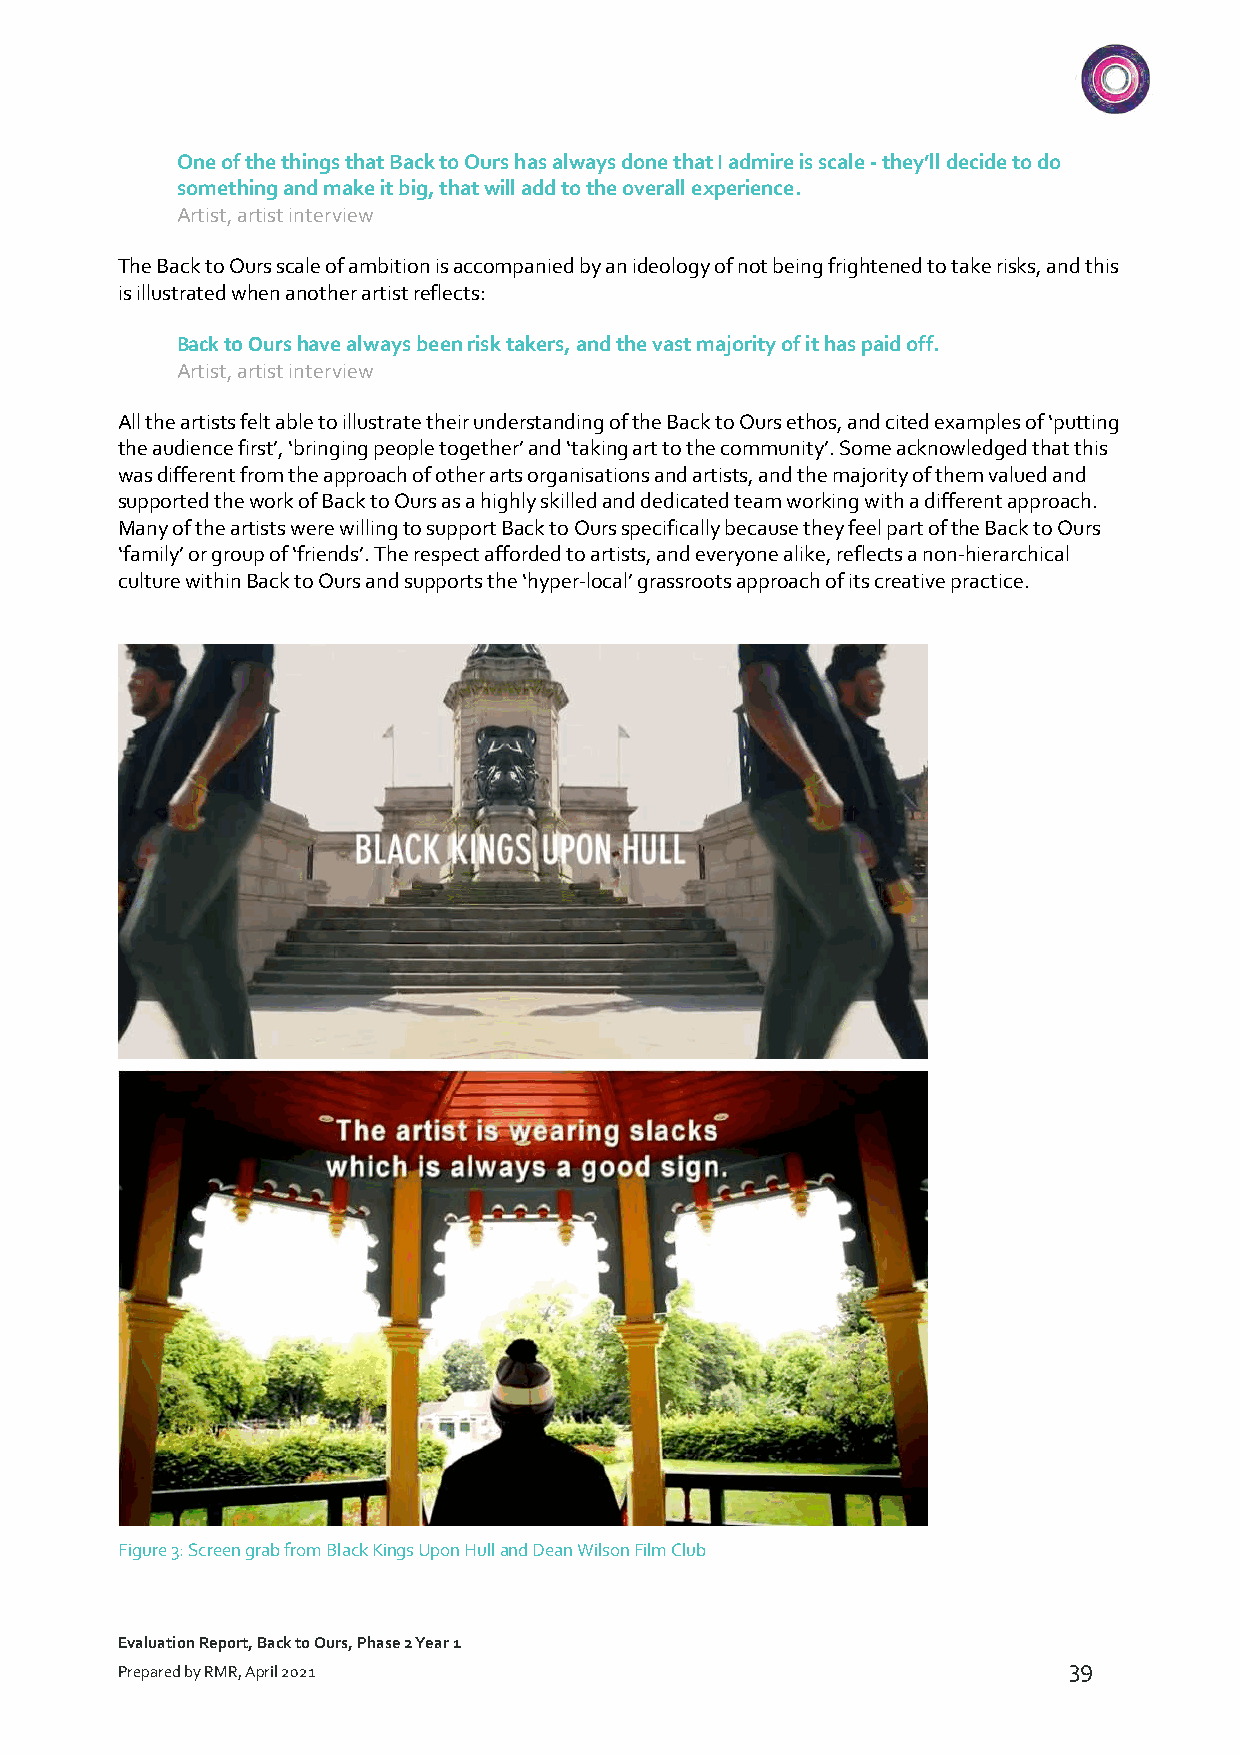
One of the things that Back to Ours has always done that I admire is scale - they’ll decide to do
 something and make it big, that will add to the overall experience.
 Artist, artist interview
 The Back to Ours scale of ambition is accompanied by an ideology of not being frightened to take risks, and this
 is illustrated when another artist reflects:
 Back to Ours have always been risk takers, and the vast majority of it has paid off.
 Artist, artist interview
 All the artists felt able to illustrate their understanding of the Back to Ours ethos, and cited examples of ‘putting
 the audience first’, ‘bringing people together’ and ‘taking art to the community’. Some acknowledged that this
 was different from the approach of other arts organisations and artists, and the majority of them valued and
 supported the work of Back to Ours as a highly skilled and dedicated team working with a different approach.
 Many of the artists were willing to support Back to Ours specifically because they feel part of the Back to Ours
 ‘family’ or group of ‘friends’. The respect afforded to artists, and everyone alike, reflects a non-hierarchical
 culture within Back to Ours and supports the ‘hyper-local’ grassroots approach of its creative practice.
 Figure 3: Screen grab from Black Kings Upon Hull and Dean Wilson Film Club
 Evaluation Report, Back to Ours, Phase 2 Year 1
 39
 Prepared by RMR, April 2021